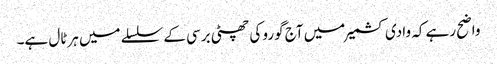
واضح رہے کہ وادی کشمیر میں آج گورو کی چھٹی برسی کے سلسلے میں ہرٹال ہے۔